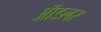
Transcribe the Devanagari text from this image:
ॲाडलर